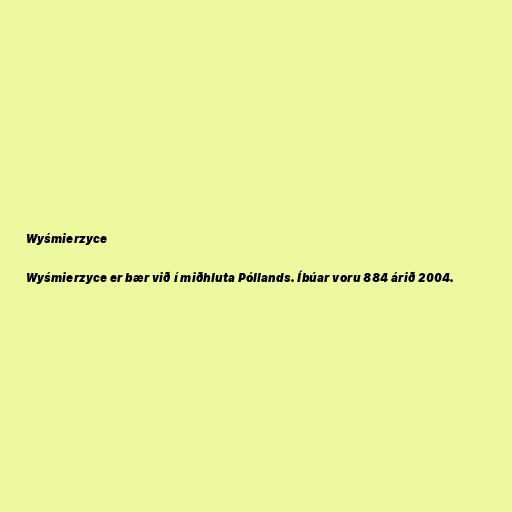
Wyśmierzyce

Wyśmierzyce er bær við í miðhluta Póllands. Íbúar voru 884 árið 2004.